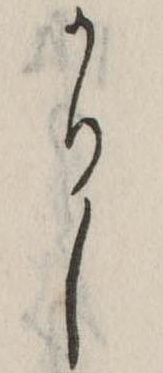
かりし